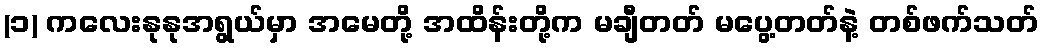
(၁) ကလေးနုနုအရွယ်မှာ အမေတို့ အထိန်းတို့က မချီတတ် မပွေ့တတ်နဲ့ တစ်ဖက်သတ်